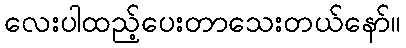
လေးပါထည့်ပေးတာသေးတယ်နော်။